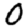
Digit: 0